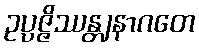
ဥပ္ပဇ္ဇိဿန္တျနာဂတေ